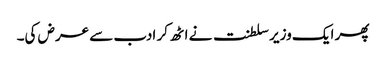
پھر ایک وزیر سلطنت نے اٹھ کر ادب سے عرض کی۔